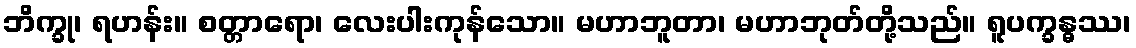
ဘိက္ခု၊ ရဟန်း။ စတ္တာရော၊ လေးပါးကုန်သော။ မဟာဘူတာ၊ မဟာဘုတ်တို့သည်။ ရူပက္ခန္ဓဿ၊